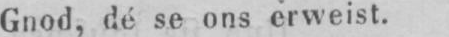
Gnod, dé se ons erweist.